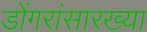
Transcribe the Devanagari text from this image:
डोंगरांसारख्या